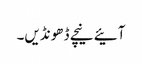
آئیے نیچے ڈھونڈیں۔